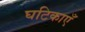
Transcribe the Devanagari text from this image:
घटिकाएँ